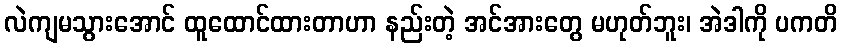
လဲကျမသွားအောင် ထူထောင်ထားတာဟာ နည်းတဲ့ အင်အားတွေ မဟုတ်ဘူး၊ အဲဒါကို ပကတိ